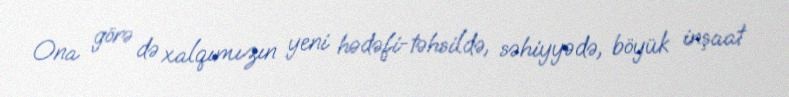
Ona görə də xalqımızın yeni hədəfi-təhsildə, səhiyyədə, böyük inşaat